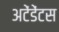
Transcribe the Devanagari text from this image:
अटेंडेंटस